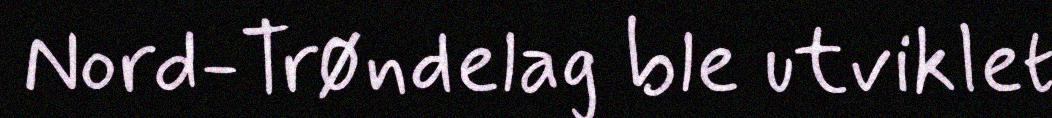
Nord-Trøndelag ble utviklet